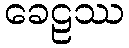
ခေဠဿ